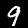
Label: 9